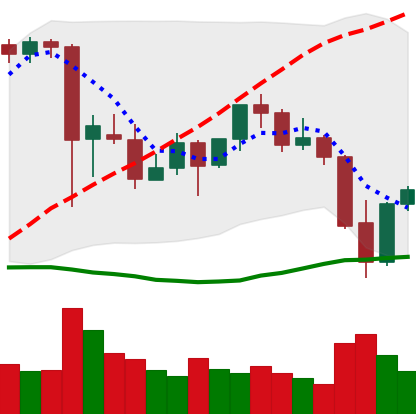
Ticker: ETH-USD
Chart end date: 2021-09-23
Forward return: -11.035%
Label: down_7plus